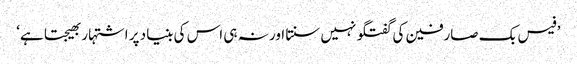
’فیس بک صارفین کی گفتگو نہیں سنتا اور نہ ہی اس کی بنیاد پر اشتہار بھیجتا ہے‘